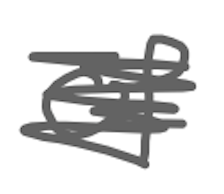
Text: of
Cross-out: scratch
Writing tool: digital_gray